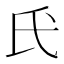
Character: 𫞕